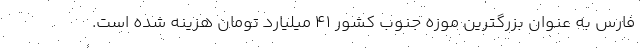
فارس به عنوان بزرگترین موزه جنوب کشور ۴۱ میلیارد تومان هزینه شده است.